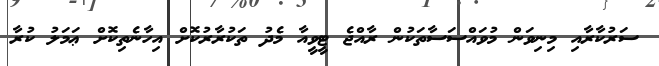
ސަރުކާރާއި މިނިވަން މުވައްސަސާތަކުން ރާއްޖެ ޓީވީއާ މެދު ތަކުރާރުކޮށް އިހާނެތިކޮށް ޢަމަލު ކުރާ